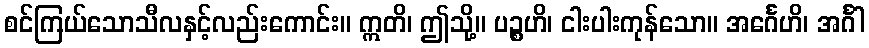
စင်ကြယ်သောသီလနှင့်လည်းကောင်း။ ဣတိ၊ ဤသို့။ ပဉ္စဟိ၊ ငါးပါးကုန်သော။ အင်္ဂေဟိ၊ အင်္ဂါ